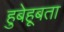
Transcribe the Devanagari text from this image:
हुबेहूबता